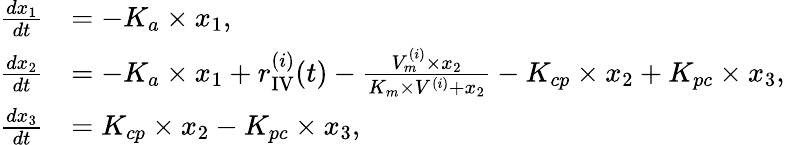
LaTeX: \begin{array}{rl}{\frac{dx_{1}}{dt}}&{=-K_{a}\times x_{1},}\\ {\frac{dx_{2}}{dt}}&{=-K_{a}\times x_{1}+r_{\mathrm{{IV}}}^{(i)}(t)-\frac{V_{m}^{(i)}\times x_{2}}{K_{m}\times V^{(i)}+x_{2}}-K_{cp}\times x_{2}+K_{pc}\times x_{3},}\\ {\frac{dx_{3}}{dt}}&{=K_{cp}\times x_{2}-K_{pc}\times x_{3},}\end{array}